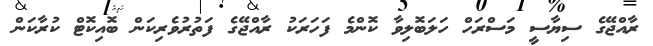
ރާއްޖޭގެ ސިޔާސީ މަސްރަހް ހަލަބޮލިވާ ކޮންމެ ފަހަރަކު ރާއްޖޭގެ ފަތުރުވެރިކަން ބޮއިކޮޓް ކުރާކަން